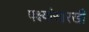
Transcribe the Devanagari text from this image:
पक्ष्यांसारखी